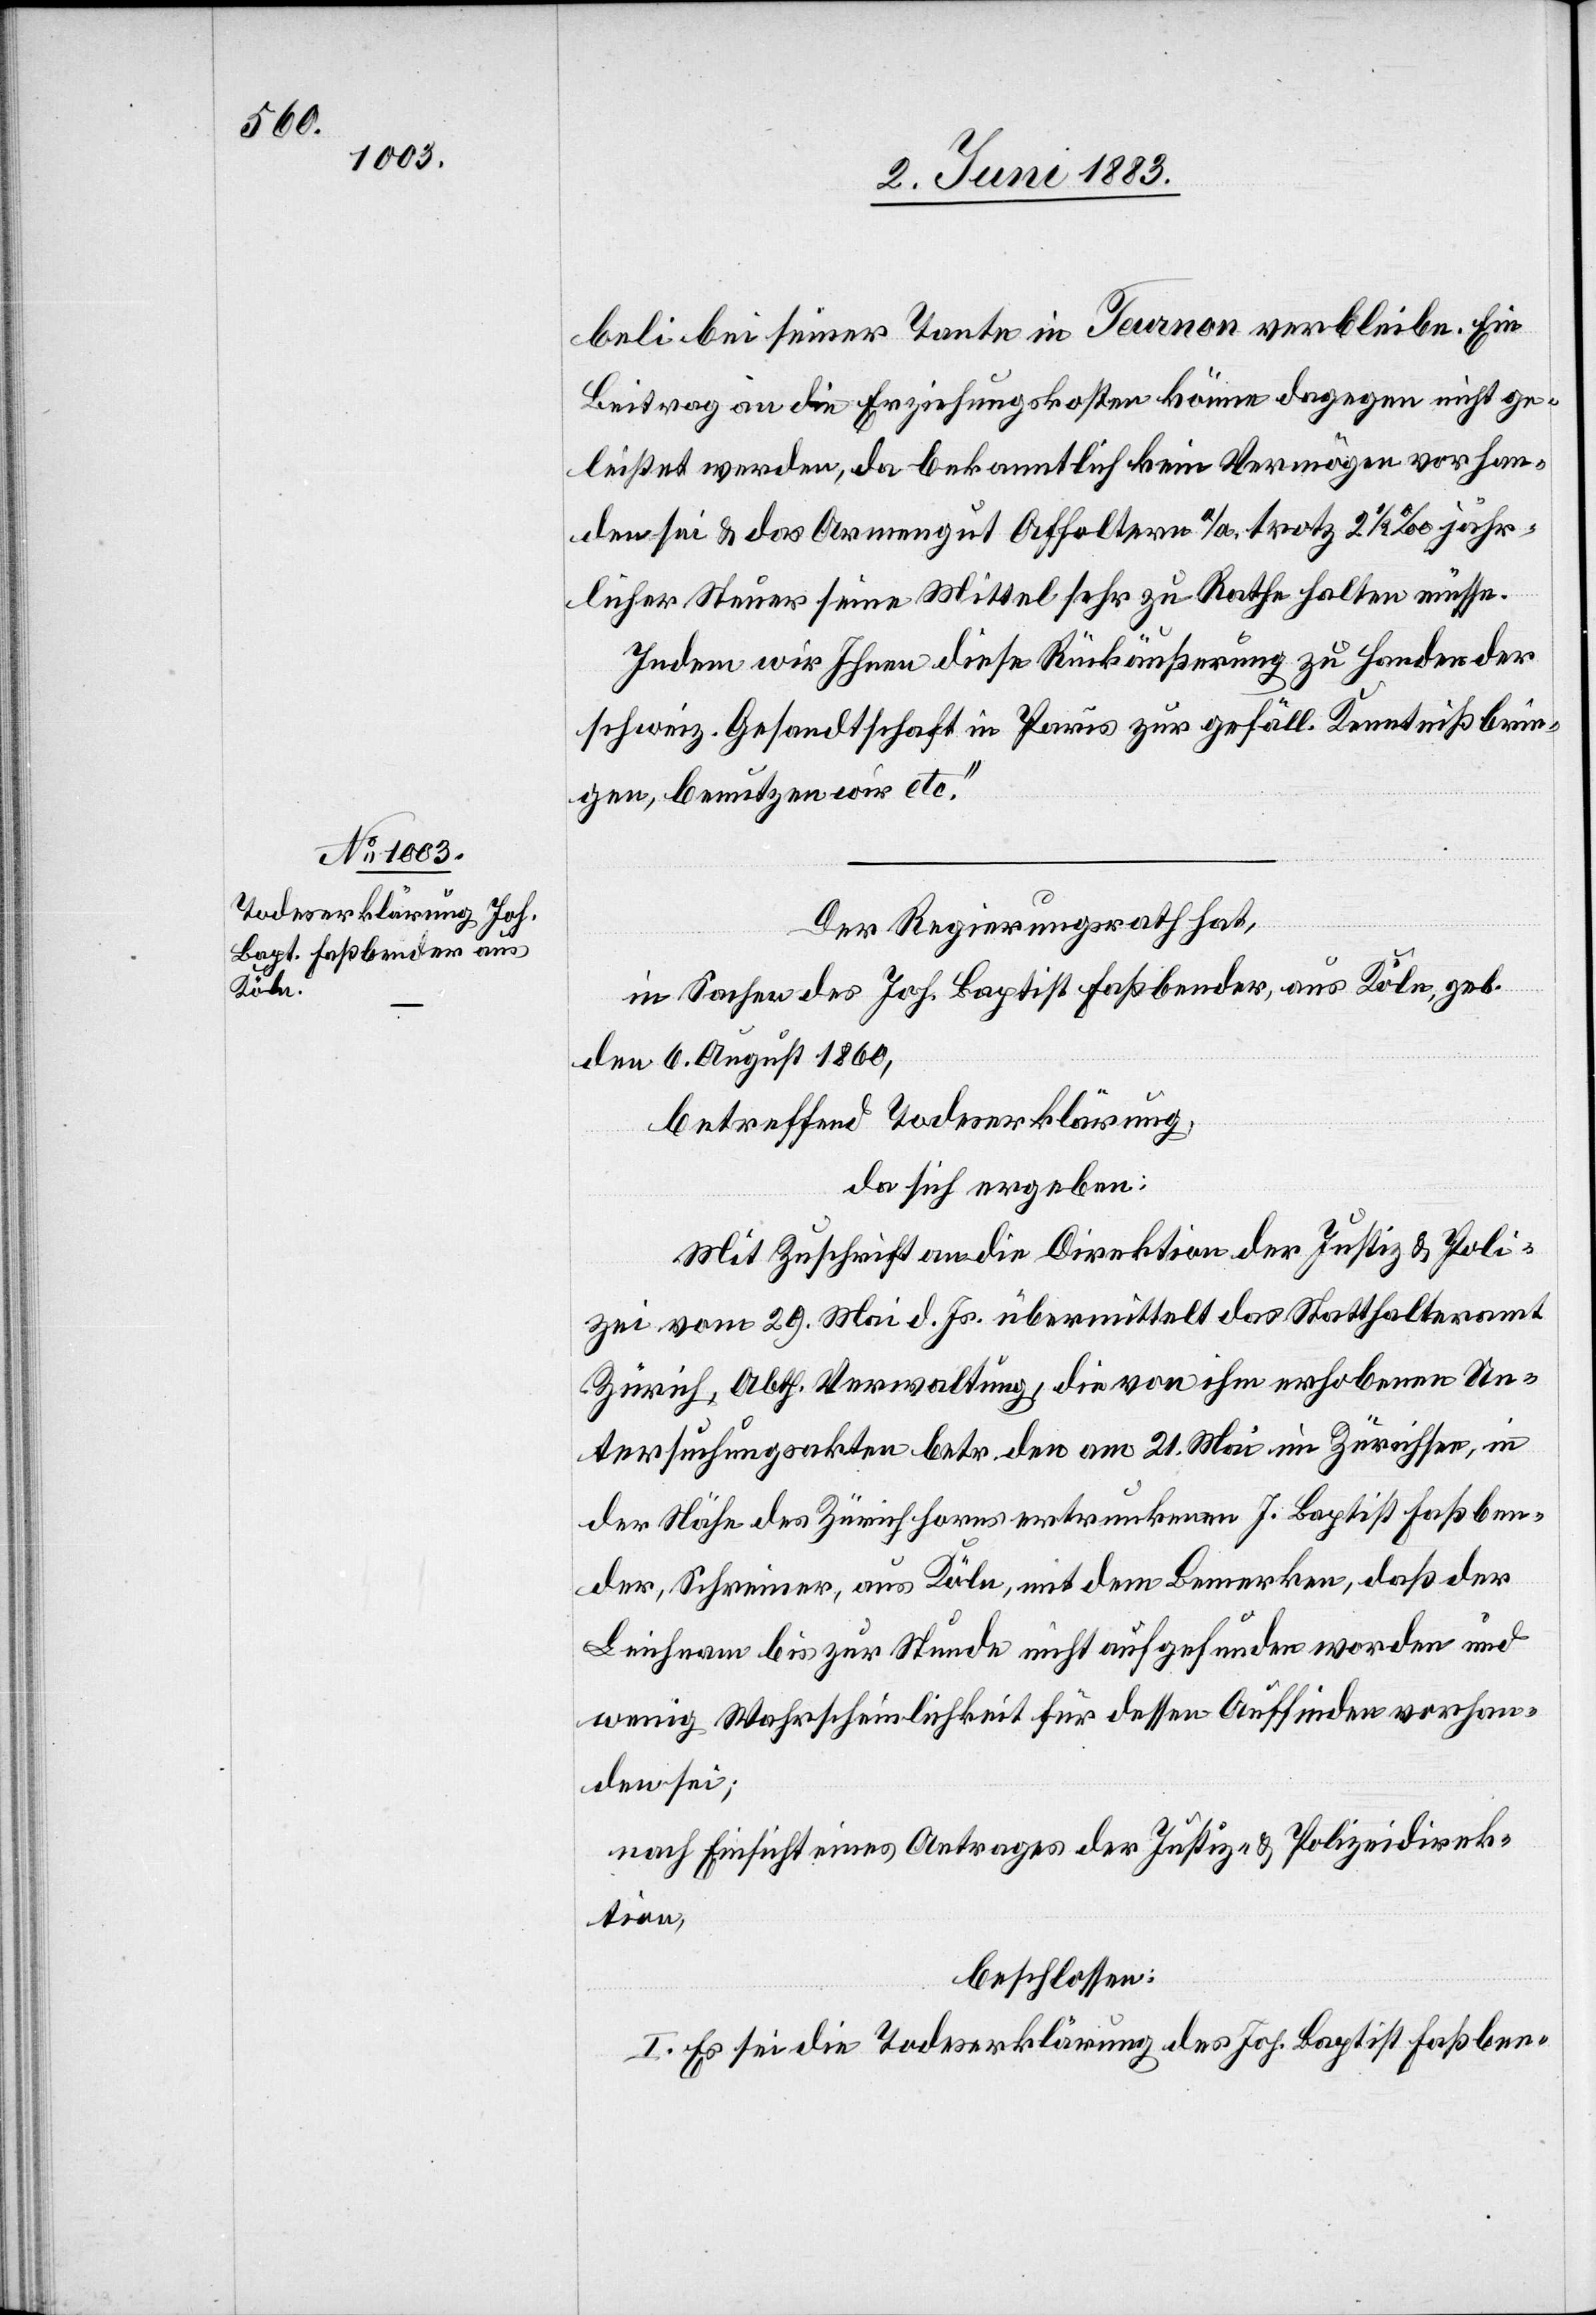
beli bei seiner Tante in Tarnon verbleibe. Ein
Beitrag an die Erziehungskosten könne dagegen nicht ge¬
leistet werden, da bekanntlich kein Vermögen vorhan¬
den sei & das Armengut Affoltern a/A. trotz 2 1/2‰ jähr¬
licher Steuer seine Mittel sehr zu Rathe halten müsse.
Indem wir Ihnen diese Rückäußerung zu Handen der
schweiz. Gesandtschaft in Paris zur gefäll. Kenntniß brin¬
gen, benutzten wir etc.“
Der Regierungsrath hat,
in Sachen des Joh. Baptist Fassbender, aus Köln, geb.
den 6. August 1860,
betreffend Todeserklärung,
da sich ergeben:
Mit Zuschrift an die Direktion der Justiz & Poli¬
zei vom 29. Mai d. Js. übermittelt das Statthalteramt
Zürich, Abth. Verwaltung, die von ihm erhobenen Un¬
tersuchungsakten betr. den am 21. Mai im Zürichsee, in
der Nähe des Zürichhorns ertrunkenen J. Baptist Fassben¬
der, Schreiner, aus Köln, mit dem Bemerken, daß der
Leichnam bis zur Stunde nicht aufgefunden worden und
wenig Wahrscheinlichkeit für dessen Auffinden vorhan¬
den sei;
nach Einsicht eines Antrages der Justiz- & Polizeidirek¬
tion,
beschlossen:
I. Es sei die Todeserklärung des Joh. Baptist Faßben-